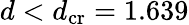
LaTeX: d<d_{\textrm{cr}}=1.639